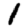
Digit: 1